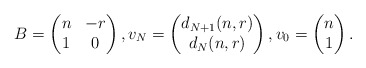
\begin{align*} B = \begin{pmatrix} n & - r \\ 1 & 0 \end{pmatrix} , v_N= \begin{pmatrix} d_{N+1}(n,r) \\ d_{N}(n,r) \end{pmatrix} , v_0= \begin{pmatrix} n \\ 1 \end{pmatrix} .\end{align*}